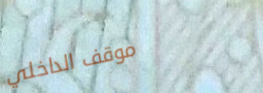
موقف الداخلي